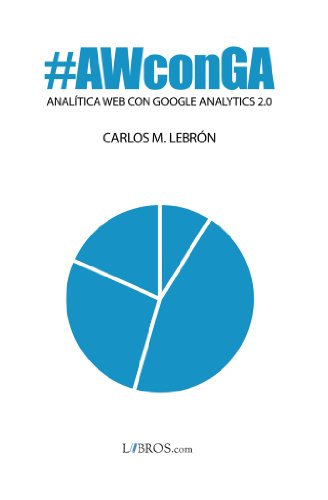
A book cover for AnalÃ­tica web con Google Analytics 2.0 (Spanish Edition); Carlos M. LebrÃ³n; Computers & Technology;